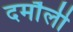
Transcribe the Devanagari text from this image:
दमाैली